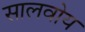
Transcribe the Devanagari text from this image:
सालवोय